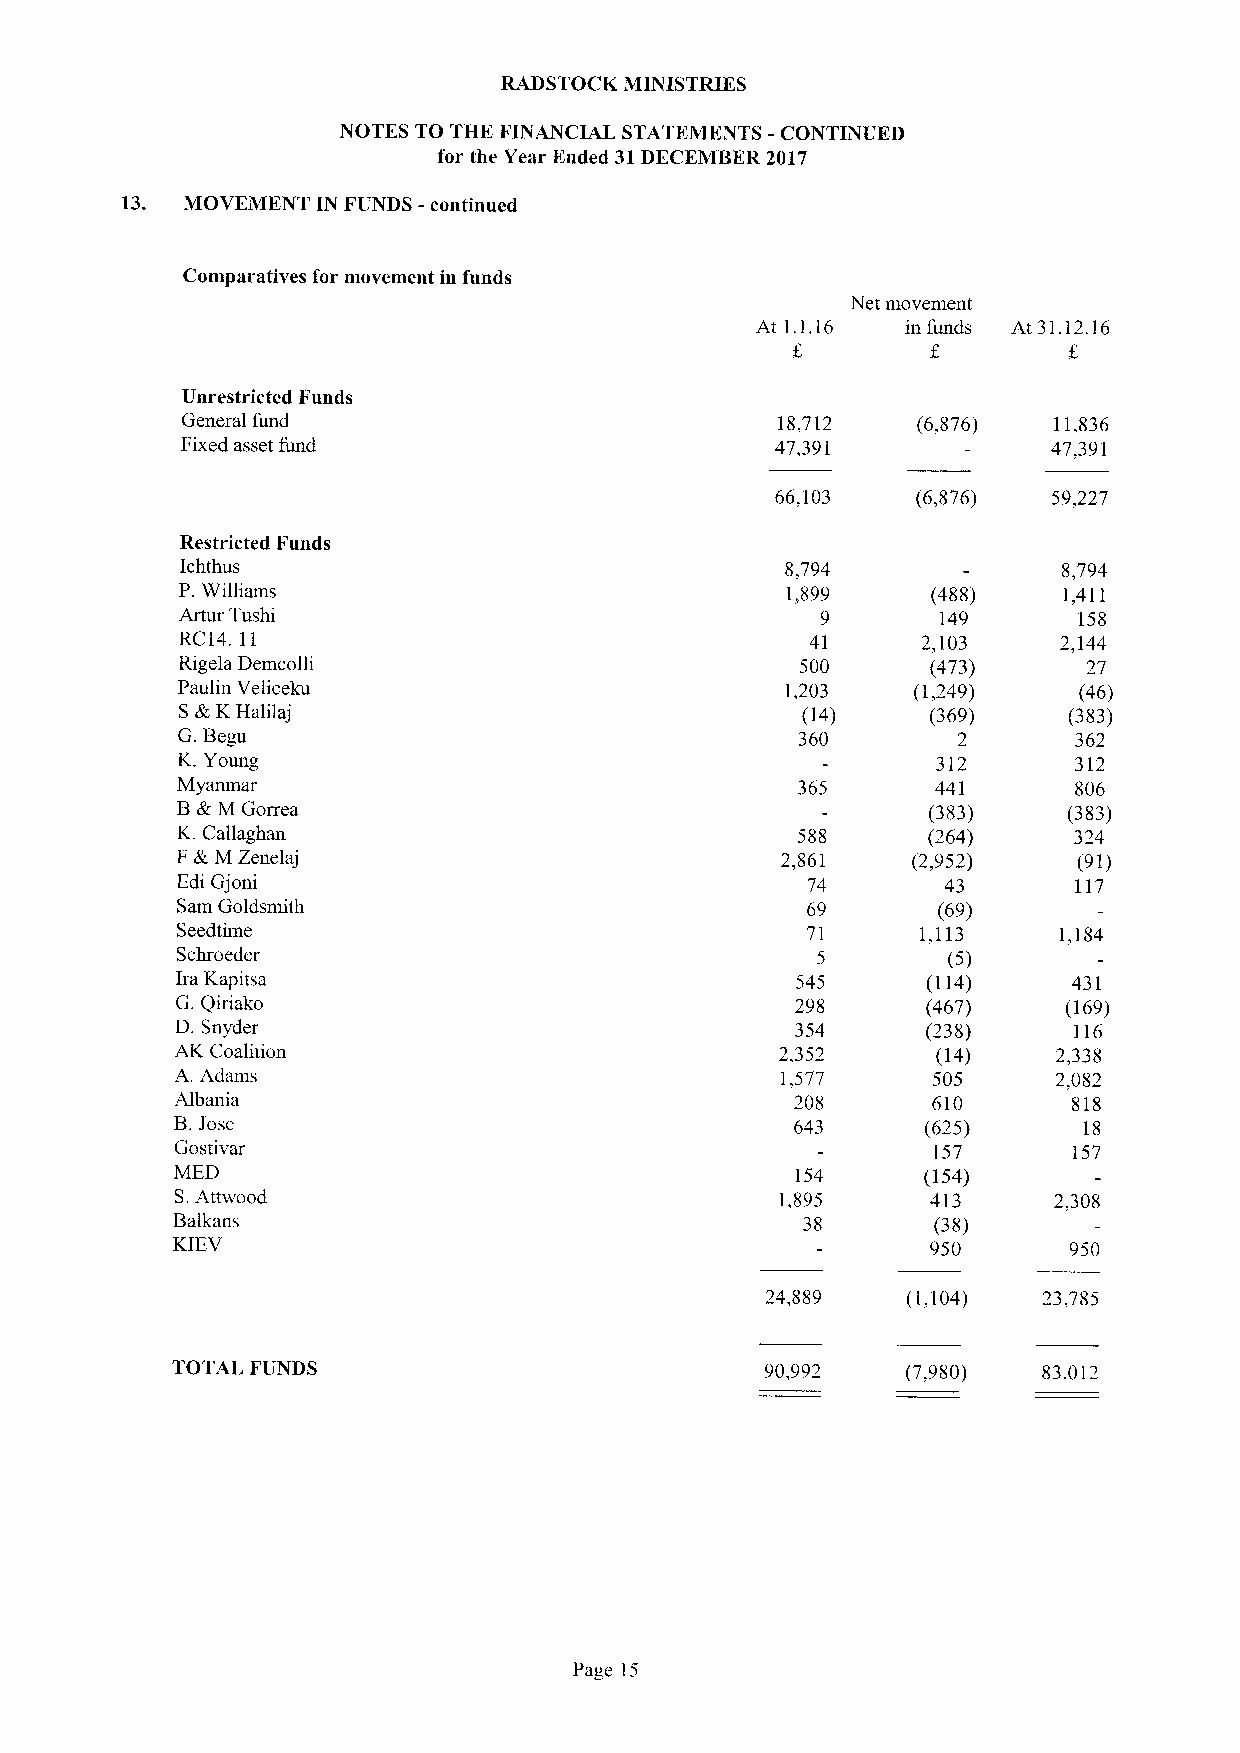
RADSTOCK MINISTRIES
 NOTES TO THE FINANCIAL STATEMENTS -CONTINUED
 for the Year Ended 31DECEMBER 2017
 13. MOVEMENT IN FUNDS -continued
 Comparatives for movement in funds
 Net movement
 At 1.1.16 in funds At 31.12.16
 Unrestricted Funds
 General fund                            18,712   (6,876)  11,836
 Fixed asset hmd                        47,391             47,391
 66,103    (6,876)  59,227
 Restricted Funds
 Ichthus                                 8,794             8,794
 P.Williams                              1,899     (488)   1,411
 Artur Tushi                               9       149      158
 RC14. 11                                  41     2,103    2,144
 Rigela Demcolli                          500      (473)     27
 Paulin Veliceku                         1,203    (1,249)   (46)
 S&KHalilaj                               (14)     (369)    (383)
 G.Begu                                   360       2       362
 K.Young                                           312      312
 Myanmar                                  365      441      806
 B&M Gorrea                                       (383)     (383)
 K.Callaghan                              588     (264)     324
 F&MZenelaj                              2,861   (2,952)    (91)
 Edi Gjoni                                74        43      117
 Sam Goldsmith                            69       (69)
 Seedtime                                 71      1,113    1,184
 Schroeder                                 5        (5)
 Ira Kapitsa                              545     (114)     431
 G. Qiriako                               298     (467)     (169)
 D. Snyder                                354     (238)     116
 AK Coalition                            2,352     (14)    2,338
 A. Adams                                1,577     505     2,082
 Albania                                  208      610      818
 B.Jose
 643     (625)      18
 Gostivar                                          157      157
 MED                                      154     (154)
 S.Attwood                               1,895     413     2,308
 Balkans                                   38       (38)
 KIEV                                               950      950
 24,889   (1,104)  23,785
 TOTAL FUNDS                             90,992   (7,980)  83,012
 Page 15